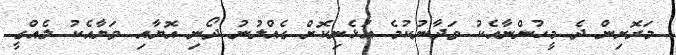
މަރޮށިން ދެ މީހުންނާއެކު ވަދާނުކުމެ އުޅެނިކޮށް ގެއްލުނު ދޯނި އޮޔާއި ވަޔާއެކު ލެއްގީ